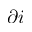
\partial i